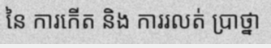
នៃ ការកើត និង ការរលត់ ប្រាថ្នា